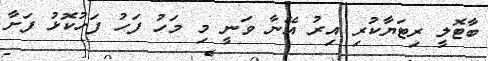
ބާޓޮލީ ރިޓަޔާކުރި އިރު އޭނާ ވަނީ މި މަހު ފަހު ފަހުކޮޅު ފަށާ